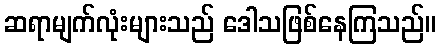
ဆရာမျက်လုံးများသည် ဒေါသဖြစ်နေကြသည်။